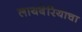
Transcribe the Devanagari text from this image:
लायबेरियाचा